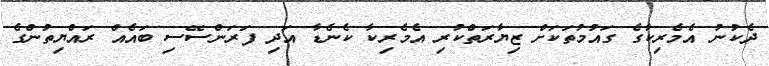
ދެކުނު އެމެރިކާގެ ގައުމުތަކަށް ޒިޔާރަތްކުރި އެމެރިކާ ކެނެޑާ އަދި ފަރަންސޭސި ބައެއް ރައްޔިތުންގެ